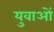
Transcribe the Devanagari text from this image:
युवाअों